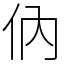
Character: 㐻